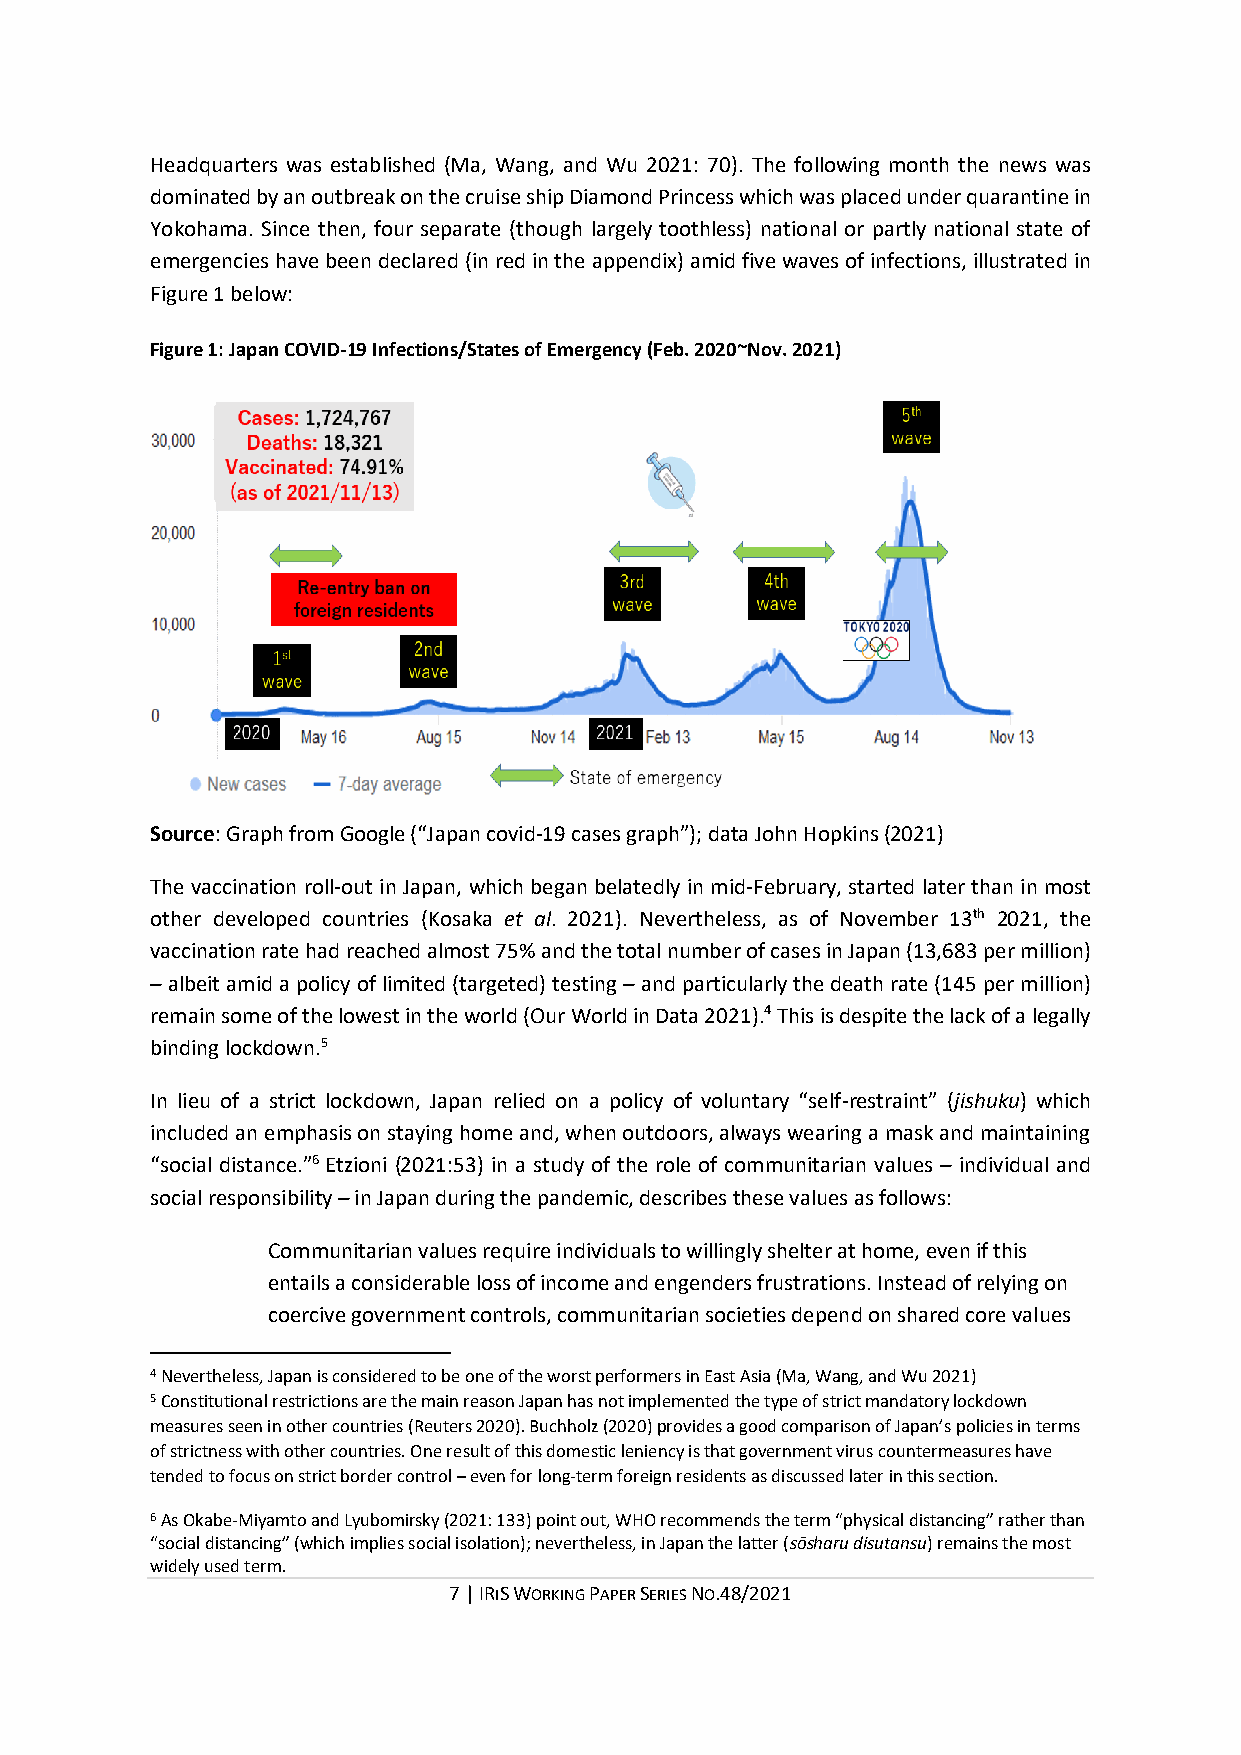
Headquarters was established (Ma, Wang, and Wu 2021: 70). The following month the news was
 dominated by an outbreak on the cruise ship Diamond Princess which was placed under quarantine in
 Yokohama. Since then, four separate (though largely toothless) national or partly national state of
 emergencies have been declared (in red in the appendix) amid five waves of infections, illustrated in
 Figure 1 below:
 Figure 1: Japan COVID-19 Infections/States of Emergency (Feb. 2020~Nov. 2021)
 Source: Graph from Google (“Japan covid-19 cases graph”); data John Hopkins (2021)
 The vaccination roll-out in Japan, which began belatedly in mid-February, started later than in most
 other developed countries (Kosaka et al. 2021). Nevertheless, as of November 13th 2021, the
 vaccination rate had reached almost 75% and the total number of cases in Japan (13,683 per million)
 – albeit amid a policy of limited (targeted) testing – and particularly the death rate (145 per million)
 remain some of the lowest in the world (Our World in Data 2021).4 This is despite the lack of a legally
 binding lockdown.5
 In lieu of a strict lockdown, Japan relied on a policy of voluntary “self-restraint” (jishuku) which
 included an emphasis on staying home and, when outdoors, always wearing a mask and maintaining
 “social distance.”6 Etzioni (2021:53) in a study of the role of communitarian values – individual and
 social responsibility – in Japan during the pandemic, describes these values as follows:
 Communitarian values require individuals to willingly shelter at home, even if this
 entails a considerable loss of income and engenders frustrations. Instead of relying on
 coercive government controls, communitarian societies depend on shared core values
 4 Nevertheless, Japan is considered to be one of the worst performers in East Asia (Ma, Wang, and Wu 2021)
 5 Constitutional restrictions are the main reason Japan has not implemented the type of strict mandatory lockdown
 measures seen in other countries (Reuters 2020). Buchholz (2020) provides a good comparison of Japan’s policies in terms
 of strictness with other countries. One result of this domestic leniency is that government virus countermeasures have
 tended to focus on strict border control – even for long-term foreign residents as discussed later in this section.
 6 As Okabe-Miyamto and Lyubomirsky (2021: 133) point out, WHO recommends the term “physical distancing” rather than
 “social distancing” (which implies social isolation); nevertheless, in Japan the latter (sōsharu disutansu) remains the most
 widely used term.
 7 | IRIS WORKING PAPER SERIES NO.48/2021